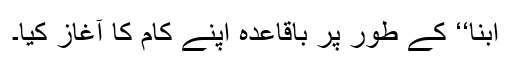
ابنا‘‘ کے طور پر باقاعدہ اپنے کام کا آغاز کیا۔